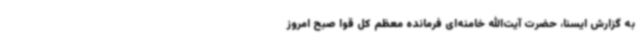
به گزارش ایسنا، حضرت آیت‌الله خامنه‌ای فرمانده معظم کل قوا صبح امروز